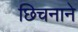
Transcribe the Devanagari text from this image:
छिचनाने